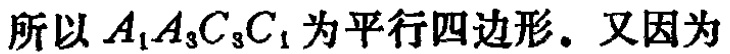
所以 \(A_{1}A_{3}C_{3}C_{1}\) 为平行四边形。又因为